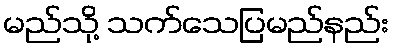
မည်သို့ သက်သေပြမည်နည်း